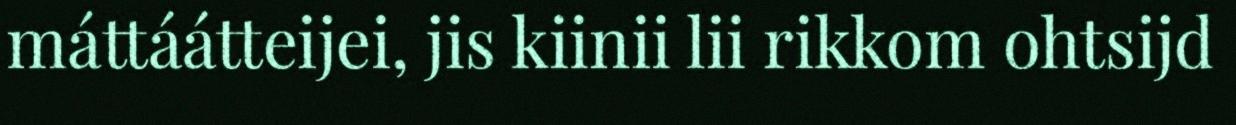
máttáátteijei, jis kiinii lii rikkom ohtsijd